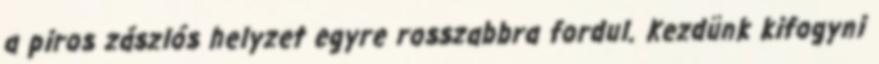
a piros zászlós helyzet egyre rosszabbra fordul. Kezdünk kifogyni